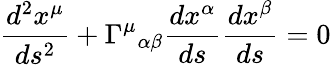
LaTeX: {\frac{d^{2}x^{\mu}}{ds^{2}}}+\Gamma^{\mu}{}_{\alpha\beta}{\frac{dx^{\alpha}}{ds}}{\frac{dx^{\beta}}{ds}}=0